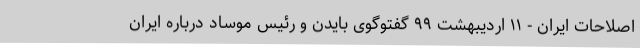
اصلاحات ایران - ۱۱ اردیبهشت ۹۹ گفتوگوی بایدن و رئیس موساد درباره ایران